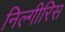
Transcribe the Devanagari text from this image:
निल्गीरिस